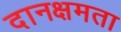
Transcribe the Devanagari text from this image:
दानक्षमता